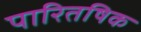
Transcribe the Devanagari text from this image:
पारितषिक